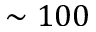
\sim 1 0 0